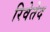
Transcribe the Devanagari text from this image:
रिवेतेद